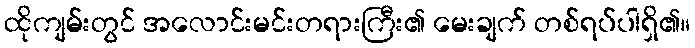
ထိုကျမ်းတွင် အလောင်းမင်းတရားကြီး၏ မေးချက် တစ်ရပ်ပါရှိ၏။